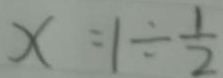
x = 1 \div \frac { 1 } { 2 }